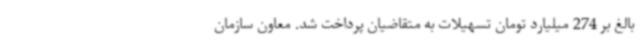
بالغ بر 274 میلیارد تومان تسهیلات به متقاضیان پرداخت شد. معاون سازمان